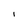
Character: l